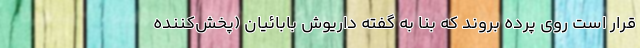
قرار است روی پرده بروند که بنا به گفته داریوش بابائیان (پخش‌کننده